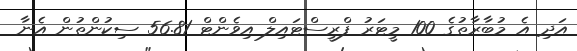
އަދި އެ މުބާރާތުގެ 100 މީޓަރު ފްރީސްޓައިލް އިވެންޓް 56.81 ސިކުންތުން އެނާ